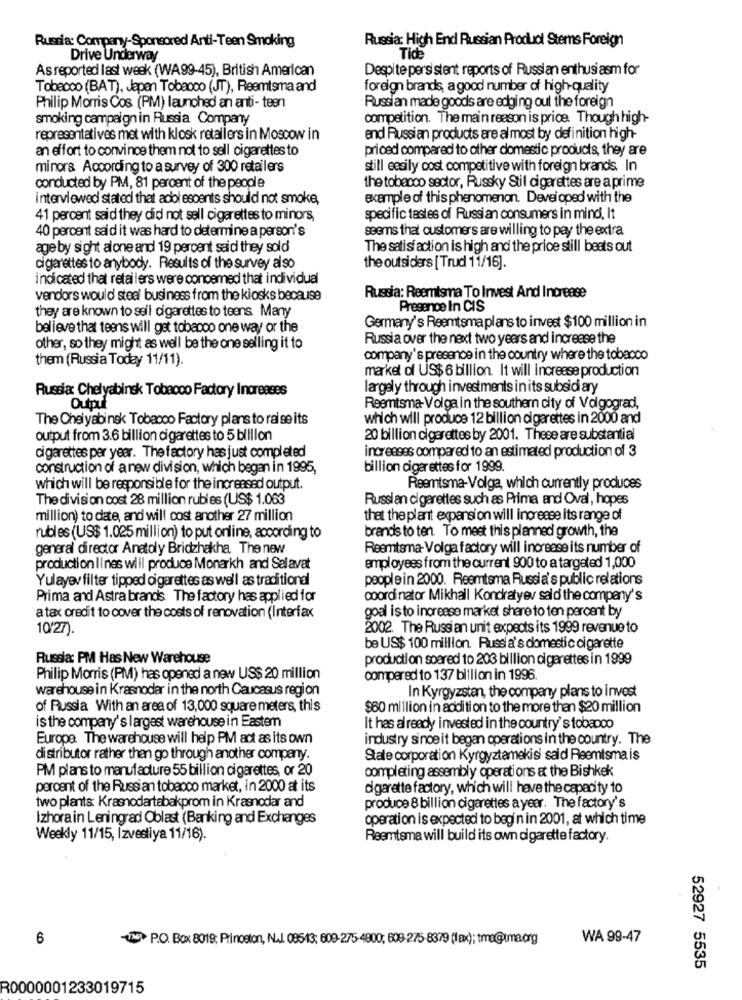
Russia: Company-Sponsored Anti-Teen Smoking
Russia: High End Russian Product Sterns Foreign
Drive Underway
Tide
As reported last week (WA99-45), British American
Despite persi stent reports of Russian enthusiasm for
Tobacco (BAT), Japan Tobacco (JT), Reemtsma and
foreign brands, a good number of high-quality
Philip Morris Cos (PM) launched an anti- teen
Russian made goods are edging out the foreign
smoking campaign in Russia Company
competition. The main reason is price. Though high-
representatives met with klosk retailers in Moscow in
end Russian products are almost by definition high-
an effort to convince them not to sell cigarettes to
priced compared to other domestic products, they are
minors According to a survey of 300 retailers
still easily cost competitive with foreign brands. In
conducted by PM, 81 percent of the people
the tobacco sector, Russky Stil cigarettes are a prime
interviewed stated that adolescents should not smoke,
example of this phenomenon. Developed with the
41 percent said they did not sell cigarettes to minors,
specific tastes of Russian consumers in mind, It
40 percent said it was hard to determine a person's
seems that customers are willing to pay the extra
age by sight alone and 19 percent said they sold
The satisfaction is high and the price still beats out
cigarettes to anybody. Results of the survey also
the outsiders [ Trud 11/16].
indicated that retailers were concemed that individual
vendors would steal business from the kiosks because
Russia: Reemtsma To Invest And Increase
they are known to seil cigarettes to teens Many
Presence In CIS
believe that teens will get tobacco one way or the
Germany's Reemtsma plans to invest $100 million in
Russia over the next two years and increase the
other, so they might as well be the one selling it to
them (Russia Today 11/11).
company's presence in the country where the tobacco
market of US$ 6 billion. It will increase production
Russia: Chelyabinsk Tobacco Factory Increases
largely through investments in its subsidi ary
Output
Reemtsma- Volga in the southern city of Volgograd,
The Chel yabinsk Tobacco Factory plans to raise its
which will produce 12 billion cigarettes in 2000 and
output from 3.6 billion cigarettes to 5 billion
20 billion cigarettes by 2001. These are substantial
cigarettes per year. The factory has just completed
increases compared to an estimated production of 3
construction of a new division, which began in 1995,
billion cigar ettes for 1999.
which will be responsible for the increased output.
Reemtsma-Volga, which currently produces
The division cost 28 million rubles (US$ 1.063
Russian cigarettes such as Prima and Oval, hopes
million) to date, and will cost another 27 million
that the plant expansion will increase its range of
brands to ten To meet this planned growth, the
rubles (US$ 1.025 million) to put online, according to
general director Anatoly Bridzhakha. The new
Reemtsma- Volga factory will increase its number of
production lines will produce Monarkh and Salavat
employees from the current 900 to a targeted 1,000
Yulayev filter tipped cigarettes as well as traditional
people in 2000. Reemtsma Russia's public relations
Prima and Astra brands The factory has applied for
coordinator Mikhail Kondratyer sald the company's
a tax credit to cover the costs of renovation (Interfax
goal is to increase market share to ten percent by
10/27).
2002. The Russian unit expects its 1999 revenue to
be US$ 100 million. Russia's domestic cigarette
Russia: PM Has New Warehouse
production soered to 203 billion cigarettes in 1999
Philip Morris (PM) has opened a new US$ 20 million
compared to 137 billion in 1996.
warehouse in Krasnodar in the north Caucasus region
In Kyrgyzstan, the company plans to invest
of Russia With an area of 13,000 square meters, this
$60 million in addition to the more than $20 million
is the company's largest warehouse in Eastern
It has already invested in the country's tobacco
Europe. The warehouse will help PM act as its own
industry since it began operations in the country. The
distributor rather than go through another company.
Stale corporation Kyrgyztamekisi said Reemtsma is
PM plans to manufacture 55 billion cigarettes, or 20
completing assembly operations & the Bishkek
percent of the Russian tobacco market, in 2000 at its
cigarette factory, which will have the capacity to
two plants Krasnodartabakprom in Krasnodar and
produce 8 billion cigarettes a year. The factory's
Izhora in Leningrad Oblast (Banking and Exchanges
operation is expected to begin in 2001, at which time
Weekly 11/15, Izvestiya 11/16).
Reemtsma will build its own cigarette factory.
6
TW P.O. Box 8019; Princeton, N.L. 08513; 609-275-4900; 609-275-8379 (fax); tre@tma.org
WA 99-47
52927 5535
R0000001233019715